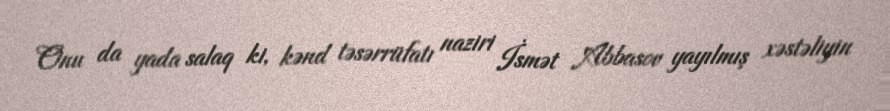
Onu da yada salaq ki, kənd təsərrüfatı naziri İsmət Abbasov yayılmış xəstəliyin